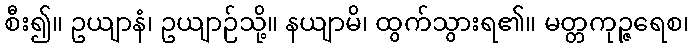
စီး၍။ ဥယျာနံ၊ ဥယျာဉ်သို့။ နယျာမိ၊ ထွက်သွားရ၏။ မတ္တကုဉ္ဇရေစ၊